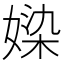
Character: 媣